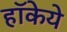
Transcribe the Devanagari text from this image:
हॉकेये